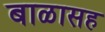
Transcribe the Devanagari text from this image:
बाळासह